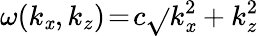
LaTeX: \omega(k_{\mathit{x}},k_{z})\! =\! c\sqrt{}{{k_{\mathit{x}}^{2}+k_{z}^{2}}}